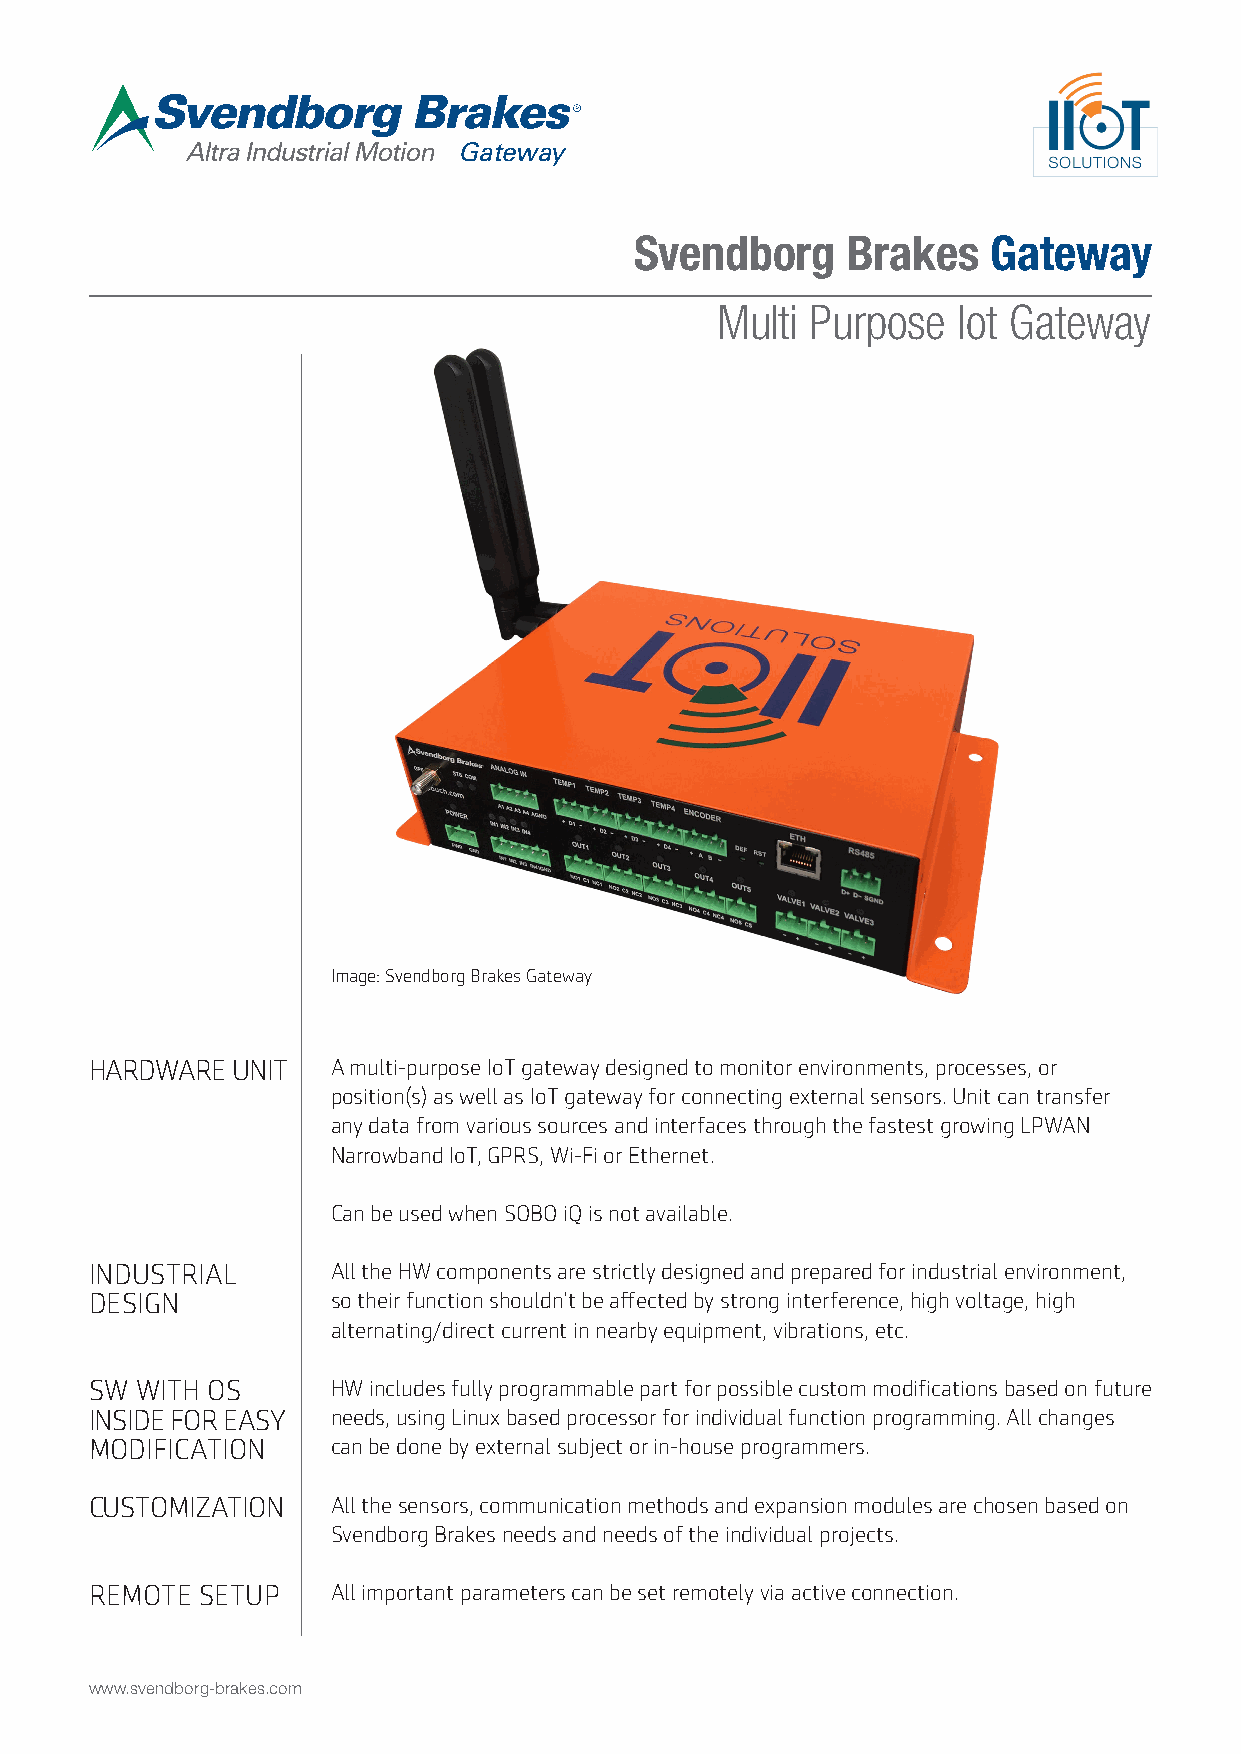
Gateway
 Svendborg     Brakes    Gateway
 Multi  Purpose  Iot Gateway
 Image: Svendborg Brakes Gateway
 HARDWARE UNIT   A multi-purpose IoT gateway designed to monitor environments, processes, or
 position(s) as well as IoT gateway for connecting external sensors. Unit can transfer
 any data from various sources and interfaces through the fastest growing LPWAN
 Narrowband IoT, GPRS, Wi-Fi or Ethernet.
 Can be used when SOBO iQ is not available.
 INDUSTRIAL      All the HW components are strictly designed and prepared for industrial environment,
 DESIGN          so their function shouldn’t be affected by strong interference, high voltage, high
 alternating/direct current in nearby equipment, vibrations, etc.
 SW WITH OS      HW includes fully programmable part for possible custom modifications based on future
 INSIDE FOR EASY needs, using Linux based processor for individual function programming. All changes
 MODIFICATION    can be done by external subject or in-house programmers.
 CUSTOMIZATION   All the sensors, communication methods and expansion modules are chosen based on
 Svendborg Brakes needs and needs of the individual projects.
 REMOTE SETUP    All important parameters can be set remotely via active connection.
 www.svendborg-brakes.com